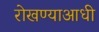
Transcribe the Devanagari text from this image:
रोखण्याआधी